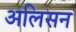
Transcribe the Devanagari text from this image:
अलिसन